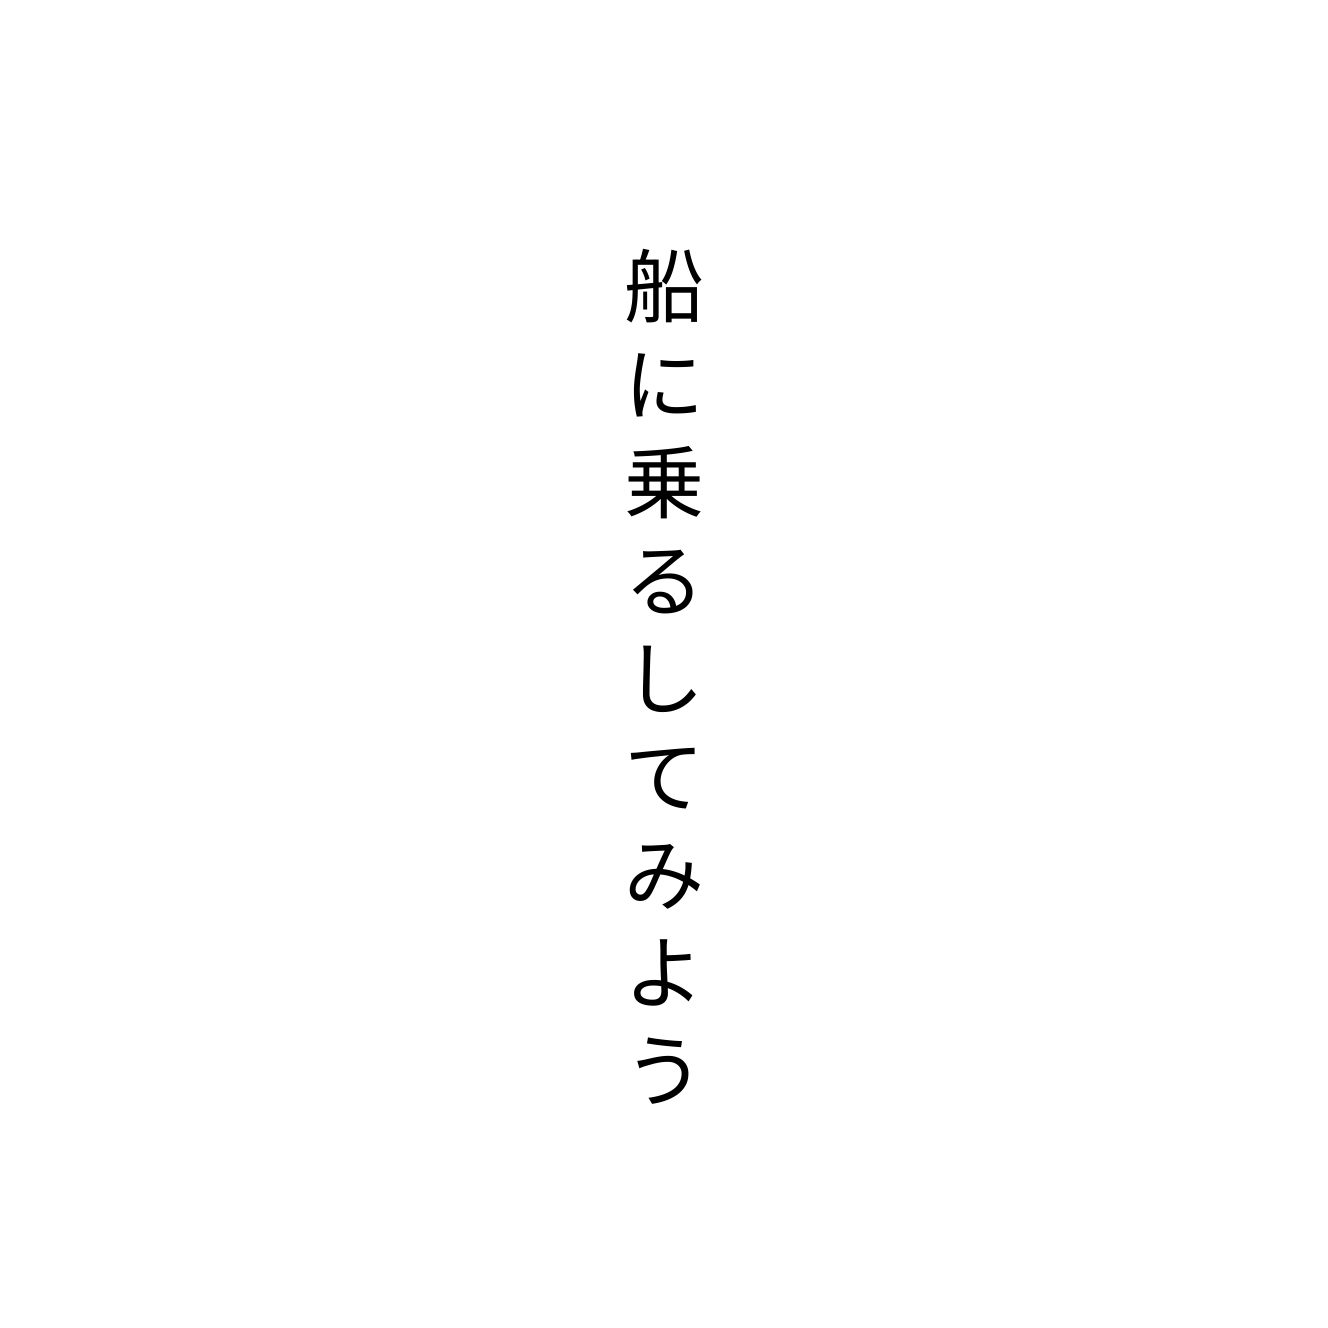
船に乗るしてみよう